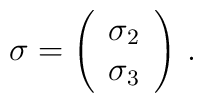
\mathbf{\sigma}=\left( \begin{array}{c}\sigma_2\\\sigma_3\\\end{array}\right) \,.